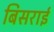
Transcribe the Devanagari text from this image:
बिसराई